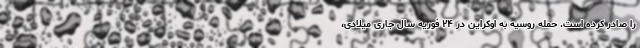
را صادر کرده است. حمله روسیه به اوکراین در ۲۴ فوریه سال جاری میلادی،